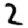
Digit: 2